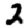
Digit: 2